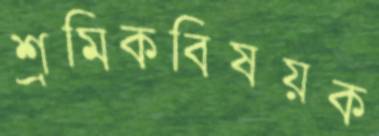
শ্রমিকবিষয়ক